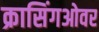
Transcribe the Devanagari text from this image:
क्रासिंगओवर